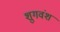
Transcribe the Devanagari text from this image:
शुगवंश